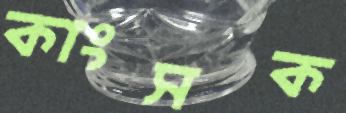
কাংসক